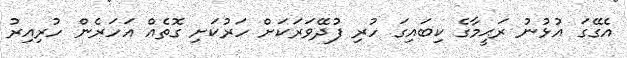
އެގޭގަ އުޅުނު ރަޙީމާގެ ކިބައިގަ ހުރި ފުދޭވަރަކަށް ހަރުކަށި ގޮތެއް އަހަރެން ހުރިއިރު